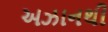
અઝાનથી